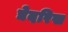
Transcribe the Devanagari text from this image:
द्येदरिख